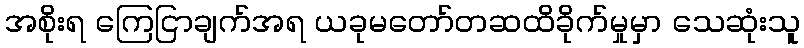
အစိုးရ ကြေငြာချက်အရ ယခုမတော်တဆထိခိုက်မှုမှာ သေဆုံးသူ